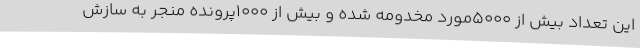
این تعداد بیش از 5000مورد مخدومه شده و بیش از 1000پرونده منجر به سازش